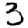
Digit: 3